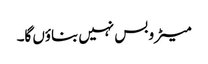
میٹرو بس نہیں بناؤں گا۔